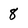
Character: 8